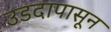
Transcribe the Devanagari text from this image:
उडदापासून